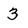
Character: 3